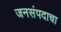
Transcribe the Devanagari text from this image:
जनसंपदाचा